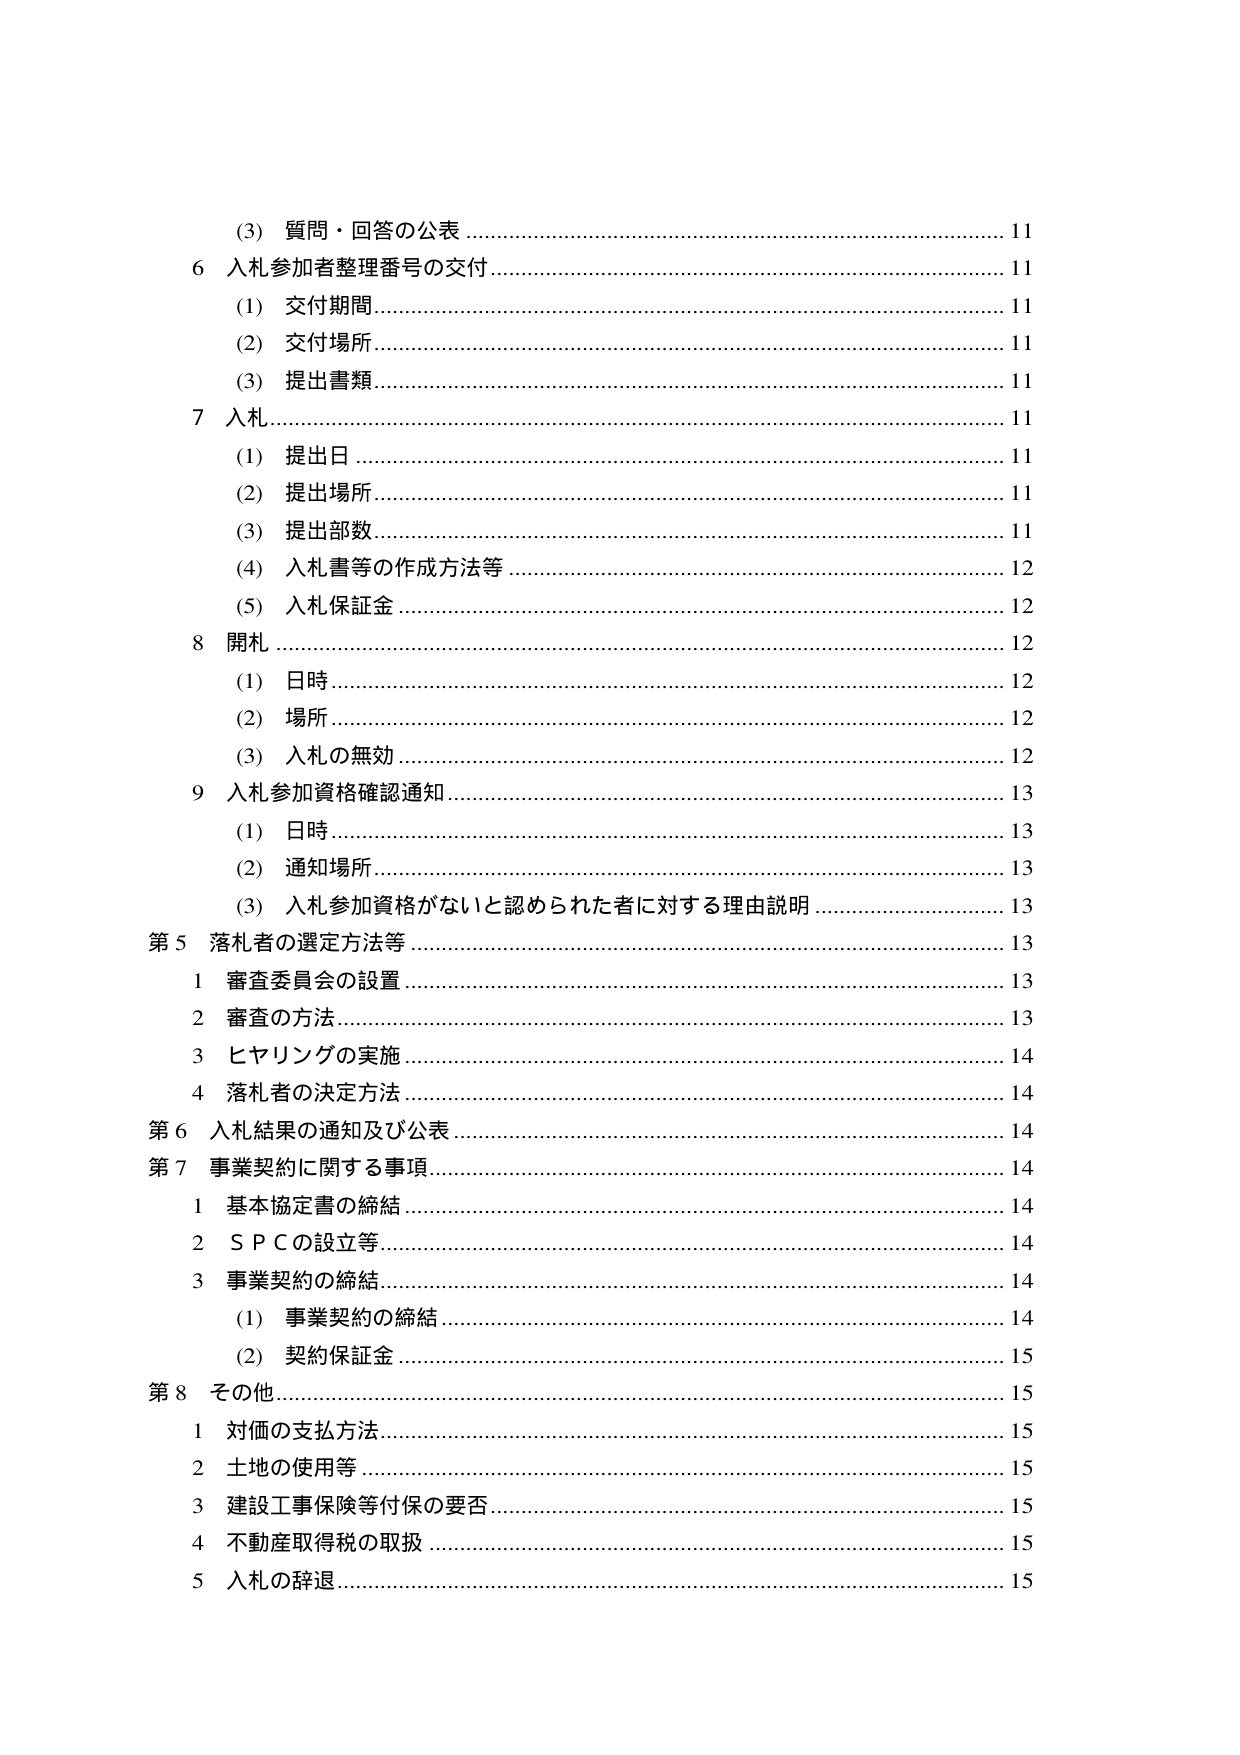
(3) 質問・回答の公表 ……………………………………………………………… 11
6 入札参加者整理番号の交付 …………………………………………………… 11
　(1) 交付期間 …………………………………………………………………… 11
　(2) 交付場所 …………………………………………………………………… 11
　(3) 提出書類 …………………………………………………………………… 11
7 入札 ……………………………………………………………………………… 11
　(1) 提出日 ……………………………………………………………………… 11
　(2) 提出場所 …………………………………………………………………… 11
　(3) 提出部数 …………………………………………………………………… 11
　(4) 入札書等の作成方法等 …………………………………………………… 12
　(5) 入札保証金 ………………………………………………………………… 12
8 開札 ……………………………………………………………………………… 12
　(1) 日時 ………………………………………………………………………… 12
　(2) 場所 ………………………………………………………………………… 12
　(3) 入札の無効 ………………………………………………………………… 12
9 入札参加資格確認通知 ………………………………………………………… 13
　(1) 日時 ………………………………………………………………………… 13
　(2) 通知場所 …………………………………………………………………… 13
　(3) 入札参加資格がないと認められた者に対する理由説明 ………………… 13
第5 落札者の選定方法等 ………………………………………………………… 13
　1 審査委員会の設置 …………………………………………………………… 13
　2 審査の方法 …………………………………………………………………… 13
　3 ヒヤリングの実施 …………………………………………………………… 14
　4 落札者の決定方法 …………………………………………………………… 14
第6 入札結果の通知及び公表 …………………………………………………… 14
第7 事業契約に関する事項 ……………………………………………………… 14
　1 基本協定書の締結 …………………………………………………………… 14
　2 ＳＰＣの設立等 ……………………………………………………………… 14
　3 事業契約の締結 ……………………………………………………………… 14
　　(1) 事業契約の締結 ………………………………………………………… 14
　　(2) 契約保証金 ……………………………………………………………… 15
第8 その他 ………………………………………………………………………… 15
　1 対価の支払方法 ……………………………………………………………… 15
　2 土地の使用等 ………………………………………………………………… 15
　3 建設工事保険等付保の要否 ………………………………………………… 15
　4 不動産取得税の取扱 ………………………………………………………… 15
　5 入札の辞退 …………………………………………………………………… 15